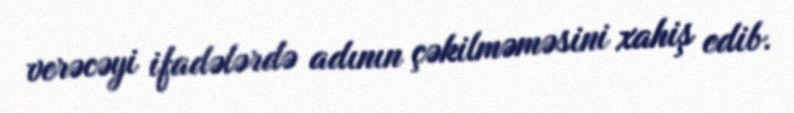
verəcəyi ifadələrdə adının çəkilməməsini xahiş edib.